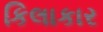
કિલાકાર